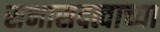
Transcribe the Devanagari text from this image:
सभासदत्वाच्या